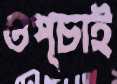
ওপ্‌চাই